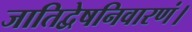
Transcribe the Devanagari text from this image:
जातिद्वेषनिवारणं।